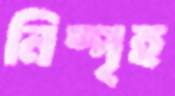
নিষ্পৃহ